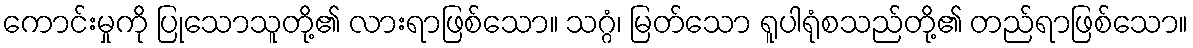
ကောင်းမှုကို ပြုသောသူတို့၏ လားရာဖြစ်သော။ သဂ္ဂံ၊ မြတ်သော ရူပါရုံစသည်တို့၏ တည်ရာဖြစ်သော။